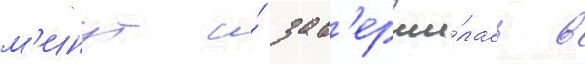
м'инут и́ зав'ерши́лась в